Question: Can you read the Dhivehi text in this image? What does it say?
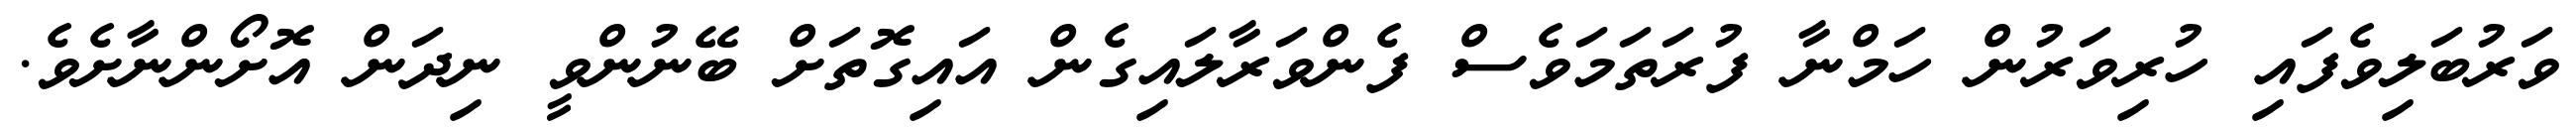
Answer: ވަރުބަލިވެފައި ހުރިވަރުން ހަމްނާ ފުރަތަމަވެސް ފެންވަރާލައިގެން އައިގޮތަށް ބޭނުންވީ ނިދަން އޮށޯންނާށެވެ.